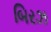
બિરઝ